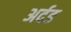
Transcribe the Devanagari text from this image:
अर्दड